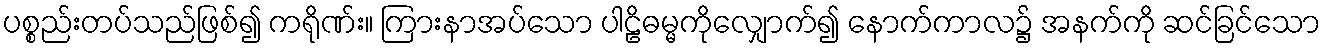
ပစ္စည်းတပ်သည်ဖြစ်၍ ကရိုဏ်း။ ကြားနာအပ်သော ပါဠိဓမ္မကိုလျှောက်၍ နောက်ကာလ၌ အနက်ကို ဆင်ခြင်သော